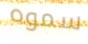
سموه